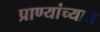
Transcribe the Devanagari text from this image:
प्राण्यांच्यात